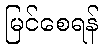
မြင်စေရန်